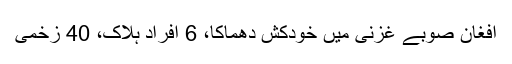
افغان صوبے غزنی میں خودکش دھماکا، 6 افراد ہلاک، 40 زخمی